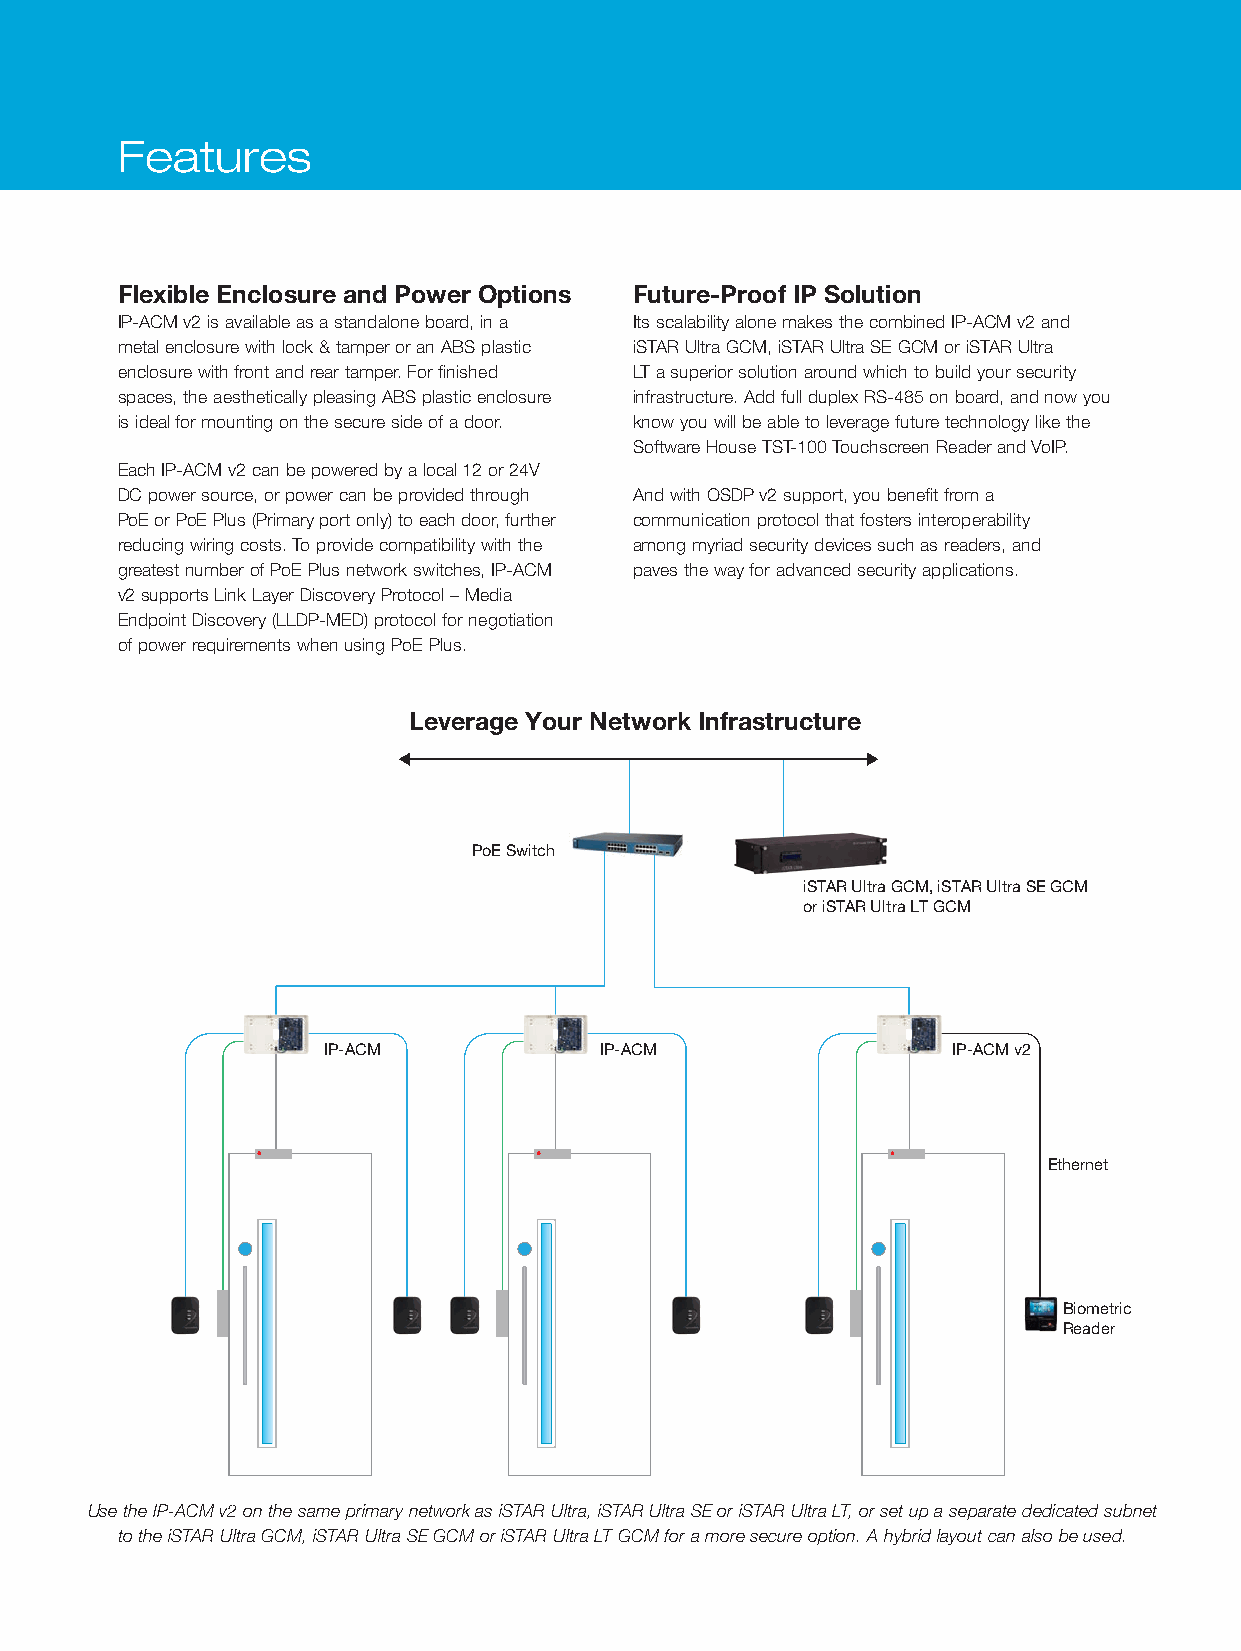
Features
 Flexible Enclosure and Power Options Future-Proof IP Solution
 IP-ACM v2 is available as a standalone board, in a Its scalability alone makes the combined IP-ACM v2 and
 metal enclosure with lock & tamper or an ABS plastic iSTAR Ultra GCM, iSTAR Ultra SE GCM or iSTAR Ultra
 enclosure with front and rear tamper. For finished LT a superior solution around which to build your security
 spaces, the aesthetically pleasing ABS plastic enclosure infrastructure. Add full duplex RS-485 on board, and now you
 is ideal for mounting on the secure side of a door. know you will be able to leverage future technology like the
 Software House TST-100 Touchscreen Reader and VoIP.
 Each IP-ACM v2 can be powered by a local 12 or 24V
 DC power source, or power can be provided through And with OSDP v2 support, you benefit from a
 PoE or PoE Plus (Primary port only) to each door, further communication protocol that fosters interoperability
 reducing wiring costs. To provide compatibility with the among myriad security devices such as readers, and
 greatest number of PoE Plus network switches, IP-ACM paves the way for advanced security applications.
 v2 supports Link Layer Discovery Protocol – Media
 Endpoint Discovery (LLDP-MED) protocol for negotiation
 of power requirements when using PoE Plus.
 Leverage Your Network Infrastructure
 PoE Switch
 iSTAR Ultra GCM, iSTAR Ultra SE GCM
 or iSTAR Ultra LT GCM
 IP-ACM             IP-ACM                 IP-ACM v2
 Ethernet
 Biometric
 Reader
 Use the IP-ACM v2 on the same primary network as iSTAR Ultra, iSTAR Ultra SE or iSTAR Ultra LT, or set up a separate dedicated subnet
 to the iSTAR Ultra GCM, iSTAR Ultra SE GCM or iSTAR Ultra LT GCM for a more secure option. A hybrid layout can also be used.